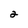
Character: 2